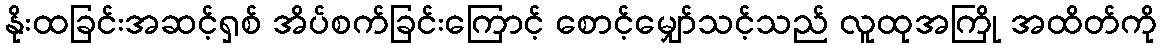
နိုးထခြင်းအဆင့်ရှစ် အိပ်စက်ခြင်းကြောင့် စောင့်မျှော်သင့်သည် လူထုအကြို အထိတ်ကို